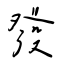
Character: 發